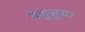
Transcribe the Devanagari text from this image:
वेणुसुधा